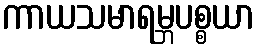
ကာယသမာရမ္ဘပစ္စယာ